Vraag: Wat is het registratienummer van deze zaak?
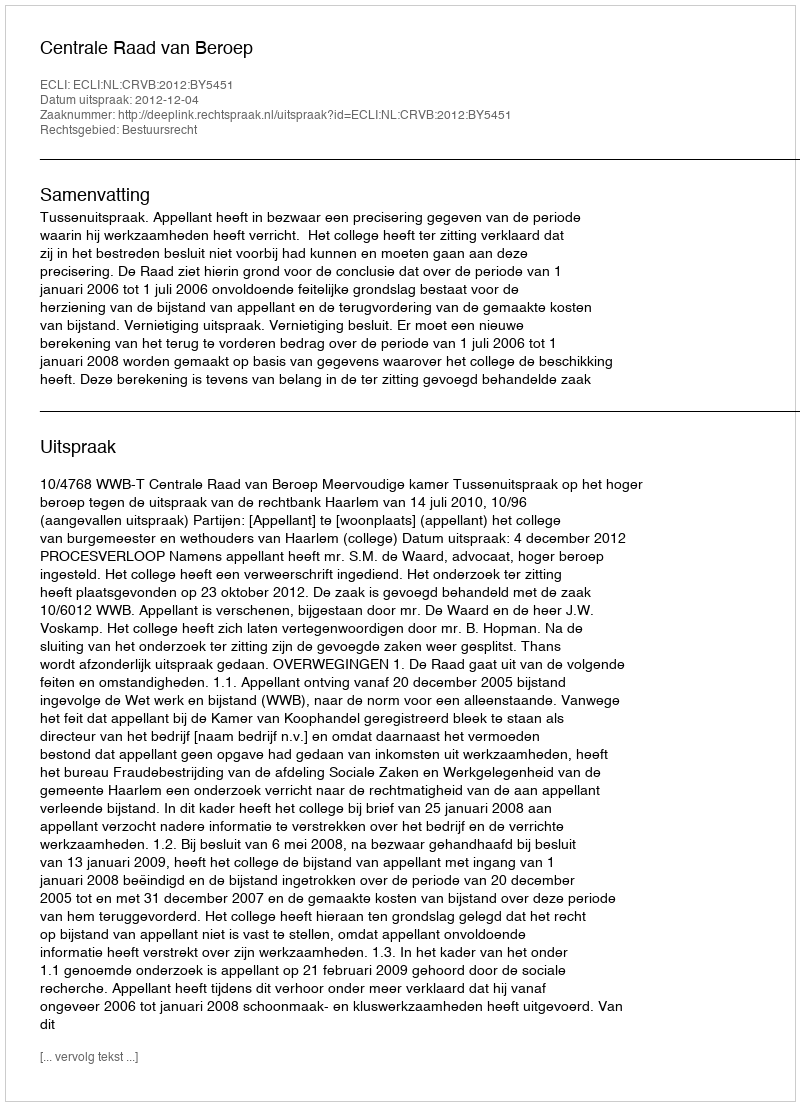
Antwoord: http://deeplink.rechtspraak.nl/uitspraak?id=ECLI:NL:CRVB:2012:BY5451